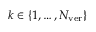
k \in \left\lbrace 1 , \dots , N _ { \mathrm { v e r } } \right\rbrace